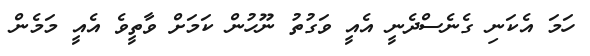
ހަމަ އެކަނި ގެނެސްދެނީ އެއީ ވަގުތު ނޫހުން ކަމަށް ވާތީވެ އެއީ މަމެން